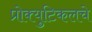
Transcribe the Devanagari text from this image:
प्रोक्युटिकलचे